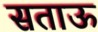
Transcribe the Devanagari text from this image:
सताऊ